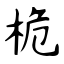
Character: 桅